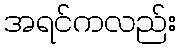
အရင်ကလည်း